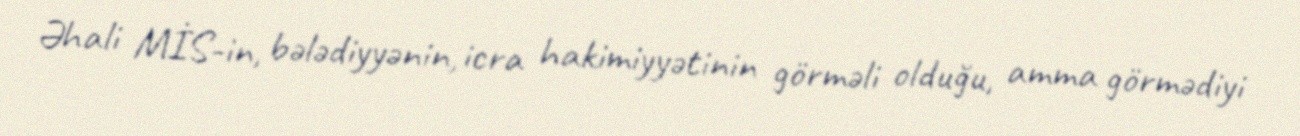
Əhali MİS-in, bələdiyyənin, icra hakimiyyətinin görməli olduğu, amma görmədiyi